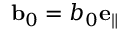
{ \bf b } _ { 0 } = b _ { 0 } { \bf e _ { \parallel } }